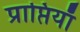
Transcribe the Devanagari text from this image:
प्राप्तियाँ